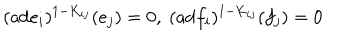
LaTeX: ( \mathrm { a d } e _ { i } ) ^ { 1 - K _ { i j } } ( e _ { j } ) = 0 , ~ ( \mathrm { a d } f _ { i } ) ^ { 1 - K _ { i j } } ( f _ { j } ) = 0